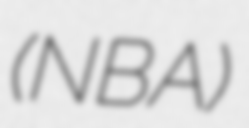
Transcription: (NBA)